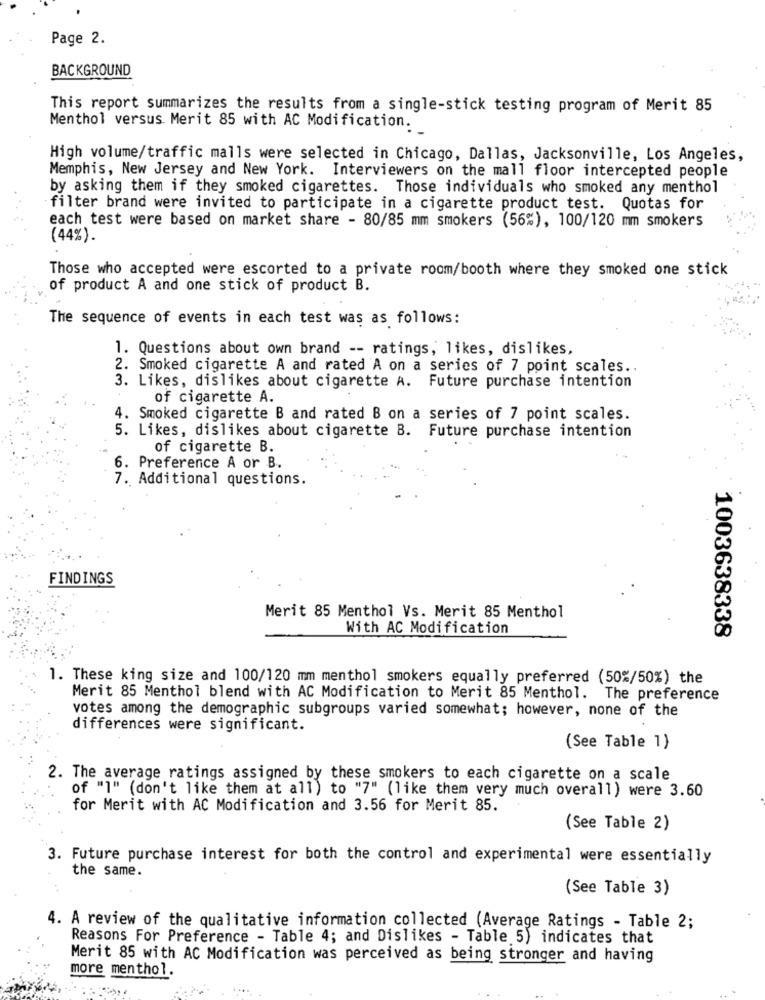
Page 2.
BACKGROUND
This report summarizes the results from a single-stick testing program of Merit 85
Menthol versus Merit 85 with AC Modification:
High volume/traffic malls were selected in Chicago, Dallas, Jacksonville, Los Angeles,
Memphis, New Jersey and New York. Interviewers on the mall floor intercepted people
by asking them if they smoked cigarettes. Those individuals who smoked any menthol
filter brand were invited to participate in a cigarette product test. Quotas for
each test were based on market share - 80/85 mm smokers (56%), 100/120 mm smokers
(44%).
Those who accepted were escorted to a private room/booth where they smoked one stick
of product A and one stick of product B.
The sequence of events in each test was as follows:
1. Questions about own brand -- ratings, likes, dislikes,
2. Smoked cigarette A and rated A on a series of 7 point scales ..
3. Likes, dislikes about cigarette A. Future purchase intention
of cigarette A.
4. Smoked cigarette B and rated B on a series of 7 point scales.
5. Likes, dislikes about cigarette B. Future purchase intention
of cigarette B.
6. Preference A or B.
7. Additional questions.
FINDINGS
Merit 85 Menthol Vs. Merit 85 Menthol
With AC Modification
1003638338
1. These king size and 100/120 mm menthol smokers equally preferred (50%/50%) the
Merit 85 Menthol blend with AC Modification to Merit 85 Menthol. The preference
votes among the demographic subgroups varied somewhat; however, none of the
differences were significant.
(See Table 1)
2. The average ratings assigned by these smokers to each cigarette on a scale
of "1" (don't like them at all) to "7" (like them very much overall) were 3.60
for Merit with AC Modification and 3.56 for Merit 85.
(See Table 2)
3. Future purchase interest for both the control and experimental were essentially
the same.
(See Table 3)
4. A review of the qualitative information collected (Average Ratings - Table 2;
Reasons For Preference - Table 4; and Dislikes - Table 5) indicates that
Merit 85 with AC Modification was perceived as being stronger and having
more menthol.